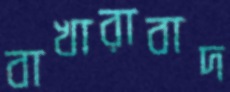
বাখারাবাদ